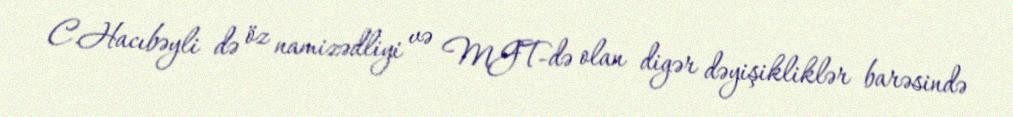
C.Hacıbəyli də öz namizədliyi və MGT-də olan digər dəyişikliklər barəsində